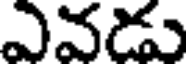
ఎవడు